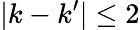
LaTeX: |k-k^{\prime}|\leq 2